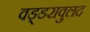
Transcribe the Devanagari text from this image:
वड्डरावुलद